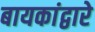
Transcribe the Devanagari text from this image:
बायकांद्वारे